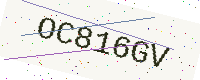
Text: OC816GV